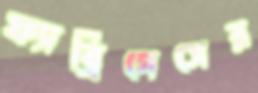
ফ্যাব্রিগেসের